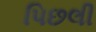
પિછલી